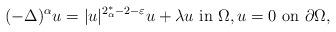
LaTeX: \begin{align*}(-\Delta)^{\alpha} u= |u|^{2^*_\alpha-2-\varepsilon}u + \lambda u\,\, {\rm in}\,\, \Omega,u=0 \,\, {\rm on}\, \, \partial\Omega,\end{align*}